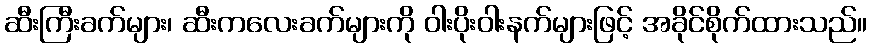
ဆီးကြီးခက်များ၊ ဆီးကလေးခက်များကို ဝါးပိုးဝါးနက်များဖြင့် အခိုင်စိုက်ထားသည်။